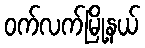
ဝက်လက်မြို့နယ်